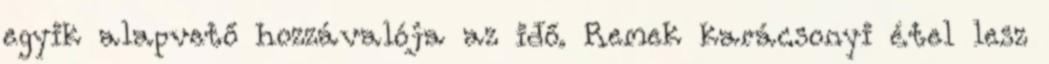
egyik alapvető hozzávalója az idő. Remek karácsonyi étel lesz